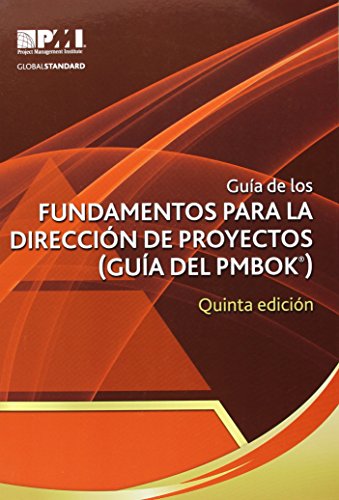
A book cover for GuÃ­a de los fundamentos para la direcciÃ³n de proyectos / Guide to the Fundamentals of Project Management (Guia Del Pmbok) (Spanish Edition); Business & Money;